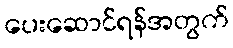
ပေးဆောင်ရန်အတွက်